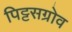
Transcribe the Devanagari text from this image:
पिट्टसग्रोव